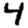
Digit: 4